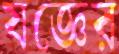
যজ্ঞের